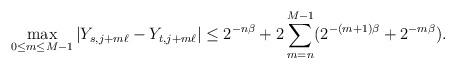
LaTeX: \begin{align*}\max_{0\le m \le M-1}|Y_{s,j+m\ell}-Y_{t,j+m\ell}|\le 2^{-n\beta}+2 \sum_{m=n}^{M-1} (2^{-(m+1)\beta}+2^{-m \beta}).\end{align*}